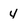
Character: 4